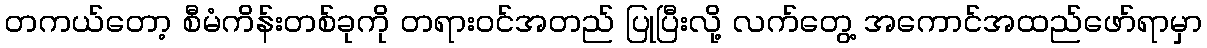
တကယ်တော့ စီမံကိန်းတစ်ခုကို တရားဝင်အတည် ပြုပြီးလို့ လက်တွေ့ အကောင်အထည်ဖော်ရာမှာ